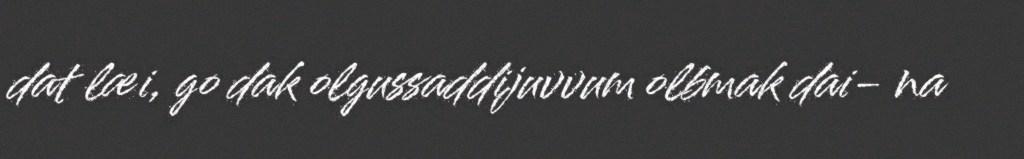
dat læi, go dak olgussaddijuvvum olbmak dai- na